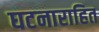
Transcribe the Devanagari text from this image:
घटनाराहित